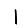
Digit: 1